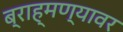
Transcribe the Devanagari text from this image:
ब्राह्मण्यावर